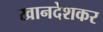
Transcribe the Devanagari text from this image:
खानदेशकर